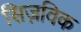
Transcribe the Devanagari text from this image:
सिज़विक